system: You are a helpful assistant.
user:
Analyze the provided spectrum to determine if it is a **S-type Star**.

- **Key Indicators for S-type Star:**

    - **(Overall Spectrum Shape):** The first and most obvious characteristic is the overall continuum (the "baseline" shape). It is **extremely "red-sloping,"** meaning the flux (light intensity) is very low on the left side (blue, ~4000-4500 Å) and rises steeply and continuously toward the right side (red, ~7000 Å+).

    - **(Primary):** The spectrum is defined by the presence of strong, broad molecular absorption "valleys" (bands) from **Zirconium Oxide (ZrO)**. The identification of these bands is the **primary requirement** for classifying a star as S-type.
        - **(Key Bandheads):** You must find distinct, deep "dips" where the light has been absorbed. The most critical band systems to locate are:
            - **~6474 Å** ($\gamma$-system): This is often the strongest and clearest ZrO feature, found in the red part of the spectrum.
            - **~5718 Å** & **~5551 Å** ($\beta$-system): A pair of prominent absorption features in the yellow-orange part of the spectrum.
            - **~4640 Å** ($\alpha$-system): A key absorption band system in the blue-green region of the spectrum.

    - **(Secondary Confirmation):** The classification is strengthened by finding additional absorption bands from other related heavy element oxides, which are expected to be present alongside ZrO.
        - **(Key Bandheads):**
            - **Yttrium Oxide (YO):** Look for absorption dips near **~4800 Å** and **~6100 Å**.
            - **Lanthanum Oxide (LaO):** Additional absorption features, particularly in the red-orange part of the spectrum, are also characteristic.

    - **(Line Profile):** The combination of the steep red continuum and these numerous, deep molecular bands (ZrO, YO, etc.) gives the entire spectrum a very **"chopped-up"** or **"bumpy"** appearance. Instead of a smooth curve, the spectrum looks as though large, wide chunks of light have been "carved out" of it at the specific wavelengths listed above.

Think first, call **spectral_visualization_tool** if needed to examine features in detail, then provide your final answer. Your response must adhere to the following strict rules:
1.  **Overall Structure:** Your response must follow the format `<think>...</think> <tool_call>...</tool_call> (if a tool is used) <answer>...</answer>`.
2.  **Tool Usage Constraint:** You may only make **one** tool call per turn.
3.  **Final Answer Format:** In the `<answer>` tag, your conclusion must be inside a `\boxed{}` command (e.g., `\boxed{YES}` or `\boxed{NO}`), followed by your justification.

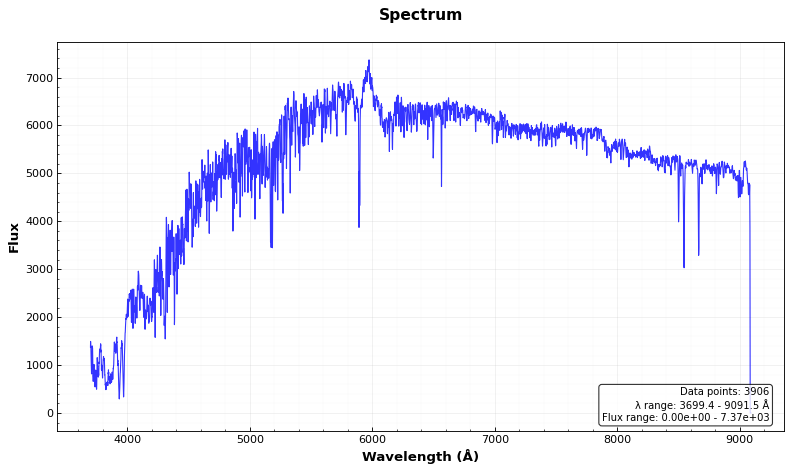
Answer: NO